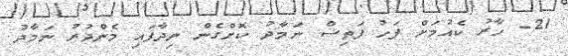
21- ހާރު ކެއުމަށް ފަހު ފަތިސް ނަމާދު ކޮށްގެން ނިދާފައި މެންދުރު ނަމާދު